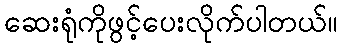
ဆေးရုံကိုဖွင့်ပေးလိုက်ပါတယ်။